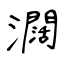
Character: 𤄃